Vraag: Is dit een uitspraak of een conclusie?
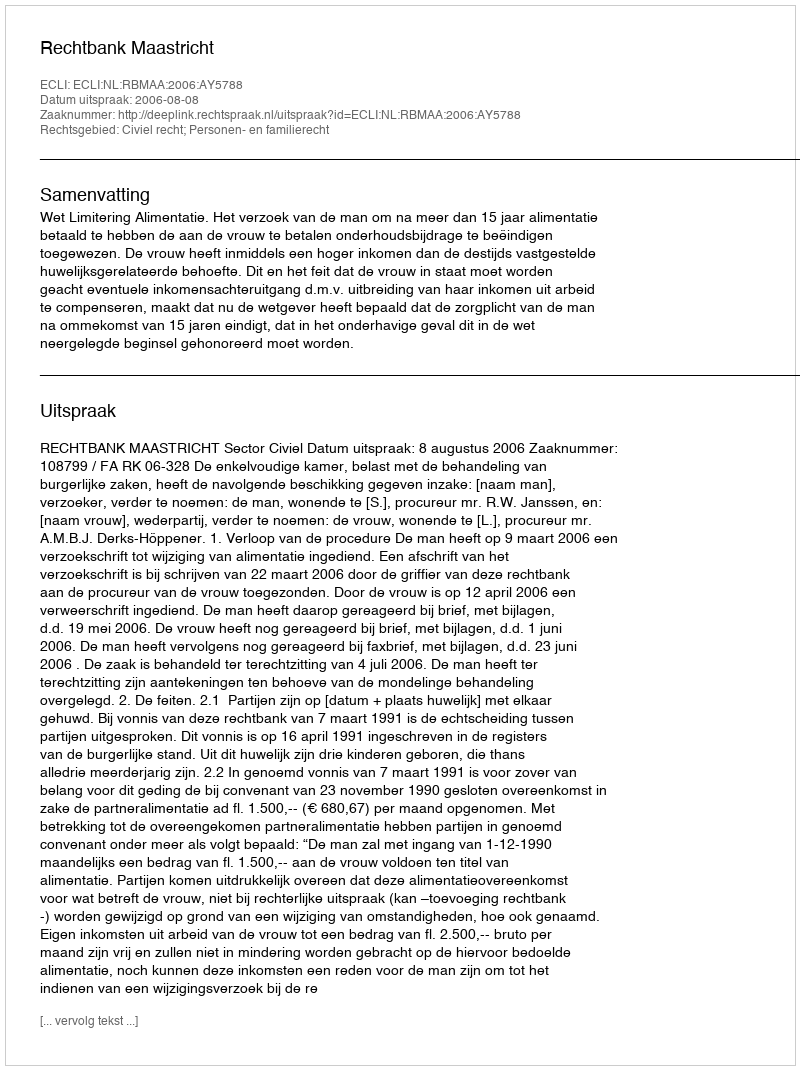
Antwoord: Uitspraak